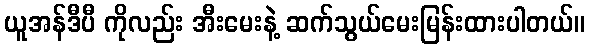
ယူအန်ဒီပီ ကိုလည်း အီးမေးနဲ့ ဆက်သွယ်မေးမြန်းထားပါတယ်။